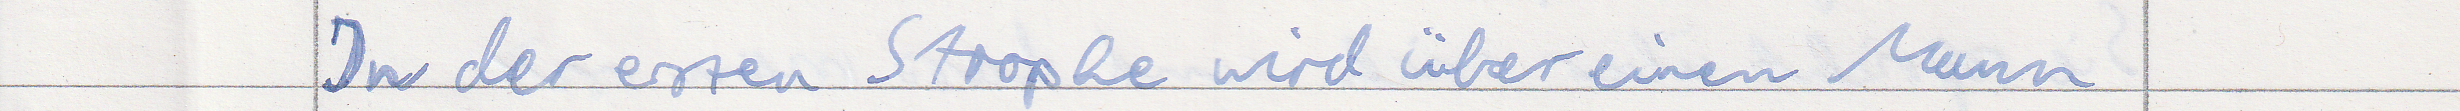
In der ersten Strophe wird über einen Mann